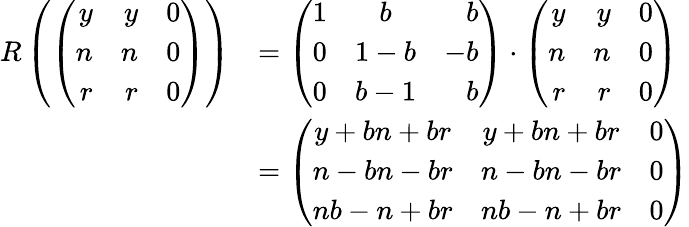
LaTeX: \begin{array}{rl}{R\left(\left(\begin{array}{rrr}{y}&{y}&{0}\\ {n}&{n}&{0}\\ {r}&{r}&{0}\end{array}\right)\right)}&{=\left(\begin{array}{ccr}{1}&{b}&{b}\\ {0}&{1-b}&{-b}\\ {0}&{b-1}&{b}\end{array}\right)\cdot\left(\begin{array}{rrr}{y}&{y}&{0}\\ {n}&{n}&{0}\\ {r}&{r}&{0}\end{array}\right)}\\ &{=\left(\begin{array}{ccc}{y+bn+br}&{y+bn+br}&{0}\\ {n-bn-br}&{n-bn-br}&{0}\\ {nb-n+br}&{nb-n+br}&{0}\end{array}\right)}\end{array}